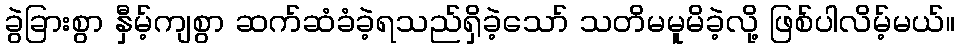
ခွဲခြားစွာ နှီမ့်ကျစွာ ဆက်ဆံခံခဲ့ရသည်ရှိခဲ့သော် သတိမမူမိခဲ့လို့ ဖြစ်ပါလိမ့်မယ်။